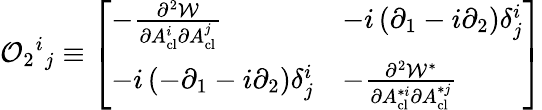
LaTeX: {\cal O}_{2}{}^{i}{}_{j}\equiv\left[\begin{array}{ll}{{-{\frac{\partial^{2}{\cal W}}{\partial A_{\mathrm{cl}}^{i}\partial A_{\mathrm{cl}}^{j}}}}}&{{-i\left(\partial_{1}-i\partial_{2}\right)\delta_{j}^{i}}}\\ {{-i\left(-\partial_{1}-i\partial_{2}\right)\delta_{j}^{i}}}&{{-{\frac{\partial^{2}{\cal W}^{*}}{\partial A_{\mathrm{cl}}^{*i}\partial A_{\mathrm{cl}}^{*j}}}}}\end{array}\right]